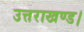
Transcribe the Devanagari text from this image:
उत्तराखण्ड।